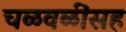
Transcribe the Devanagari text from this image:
चळवळींसह